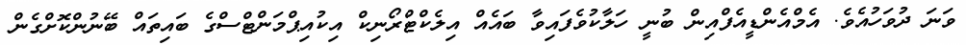
ވަނަ ދުވަހުއެވެ. އެމްއެންޑީއެފްއިން ބުނީ ހަލާކުވެފައިވާ ބައެއް އިލެކްޓްރޯނިކް އިކުއިޕްމަންޓްސްގެ ބައިތައް ބޭނުންކޮށްގެން